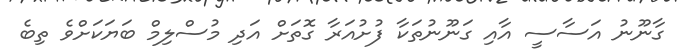
ގާނޫނު އަސާސީ އާއި ގަނޫނުތަކާ ފުށުއަރާ ގޮތަށް އަދި މުސްލިމް ބަޔަކަށްވެ ތިބެ